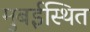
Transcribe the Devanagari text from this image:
मुबईस्थित